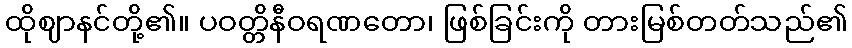
ထိုဈာနင်တို့၏။ ပဝတ္တိနီဝရဏတော၊ ဖြစ်ခြင်းကို တားမြစ်တတ်သည်၏